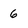
Character: 6